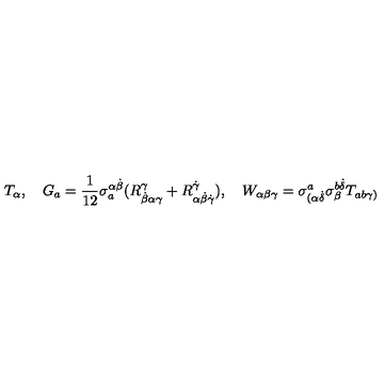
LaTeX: T _ { \alpha } , \quad G _ { a } = \frac { 1 } { 1 2 } \sigma _ { a } ^ { \alpha \dot { \beta } } ( R _ { \dot { \beta } \alpha \gamma } ^ { \gamma } + R _ { \alpha \dot { \beta } \dot { \gamma } } ^ { \dot { \gamma } } ) , \quad W _ { \alpha \beta \gamma } = \sigma _ { ( \alpha \dot { \delta } } ^ { a } \sigma _ { \beta } ^ { b \dot { \delta } } T _ { a b \gamma ) }